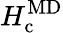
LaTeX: H_{\mathrm{c}}^{\mathrm{MD}}